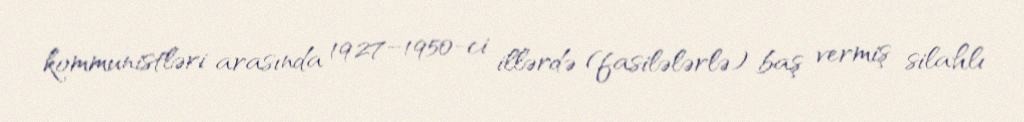
kommunistləri arasında 1927–1950-ci illərdə (fasilələrlə) baş vermiş silahlı